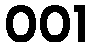
001